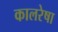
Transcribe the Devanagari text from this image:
कालरेषा